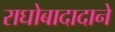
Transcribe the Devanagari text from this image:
राघोबादादाने